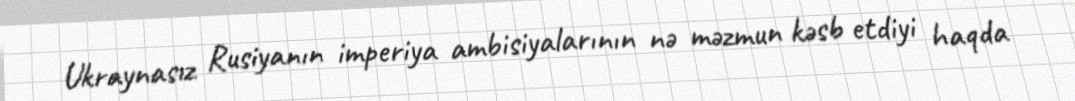
Ukraynasız Rusiyanın imperiya ambisiyalarının nə məzmun kəsb etdiyi haqda